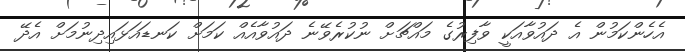
އެހެންކަމުން އެ ދައުވާއަކީ ވާފިރުގެ މައްޗަށް ނުކުރެވޭނެ ދައުވާއެއް ކަމަށް ކަނޑައަޅައިދިނުމަށް އެދޭ